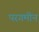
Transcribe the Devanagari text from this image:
परगमीन